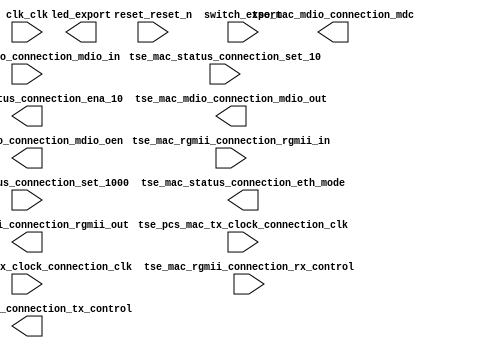

module final_tcp_hw (
	clk_clk,
	reset_reset_n,
	tse_pcs_mac_tx_clock_connection_clk,
	tse_pcs_mac_rx_clock_connection_clk,
	tse_mac_status_connection_set_10,
	tse_mac_status_connection_set_1000,
	tse_mac_status_connection_eth_mode,
	tse_mac_status_connection_ena_10,
	tse_mac_rgmii_connection_rgmii_in,
	tse_mac_rgmii_connection_rgmii_out,
	tse_mac_rgmii_connection_rx_control,
	tse_mac_rgmii_connection_tx_control,
	tse_mac_mdio_connection_mdc,
	tse_mac_mdio_connection_mdio_in,
	tse_mac_mdio_connection_mdio_out,
	tse_mac_mdio_connection_mdio_oen,
	led_export,
	switch_export);	

	input		clk_clk;
	input		reset_reset_n;
	input		tse_pcs_mac_tx_clock_connection_clk;
	input		tse_pcs_mac_rx_clock_connection_clk;
	input		tse_mac_status_connection_set_10;
	input		tse_mac_status_connection_set_1000;
	output		tse_mac_status_connection_eth_mode;
	output		tse_mac_status_connection_ena_10;
	input	[3:0]	tse_mac_rgmii_connection_rgmii_in;
	output	[3:0]	tse_mac_rgmii_connection_rgmii_out;
	input		tse_mac_rgmii_connection_rx_control;
	output		tse_mac_rgmii_connection_tx_control;
	output		tse_mac_mdio_connection_mdc;
	input		tse_mac_mdio_connection_mdio_in;
	output		tse_mac_mdio_connection_mdio_out;
	output		tse_mac_mdio_connection_mdio_oen;
	output		led_export;
	input		switch_export;
endmodule